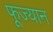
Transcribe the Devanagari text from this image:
फूज्यान